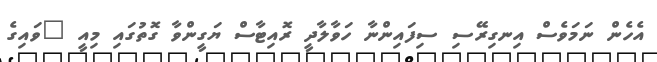
އެހެން ނަމަވެސް އިނގިރޭސި ސިފައިންނާ ހަވާލާދީ ރޮއިޓާސް ޔަގީންވާ ގޮތުގައި މިއީ "ވައިގެ